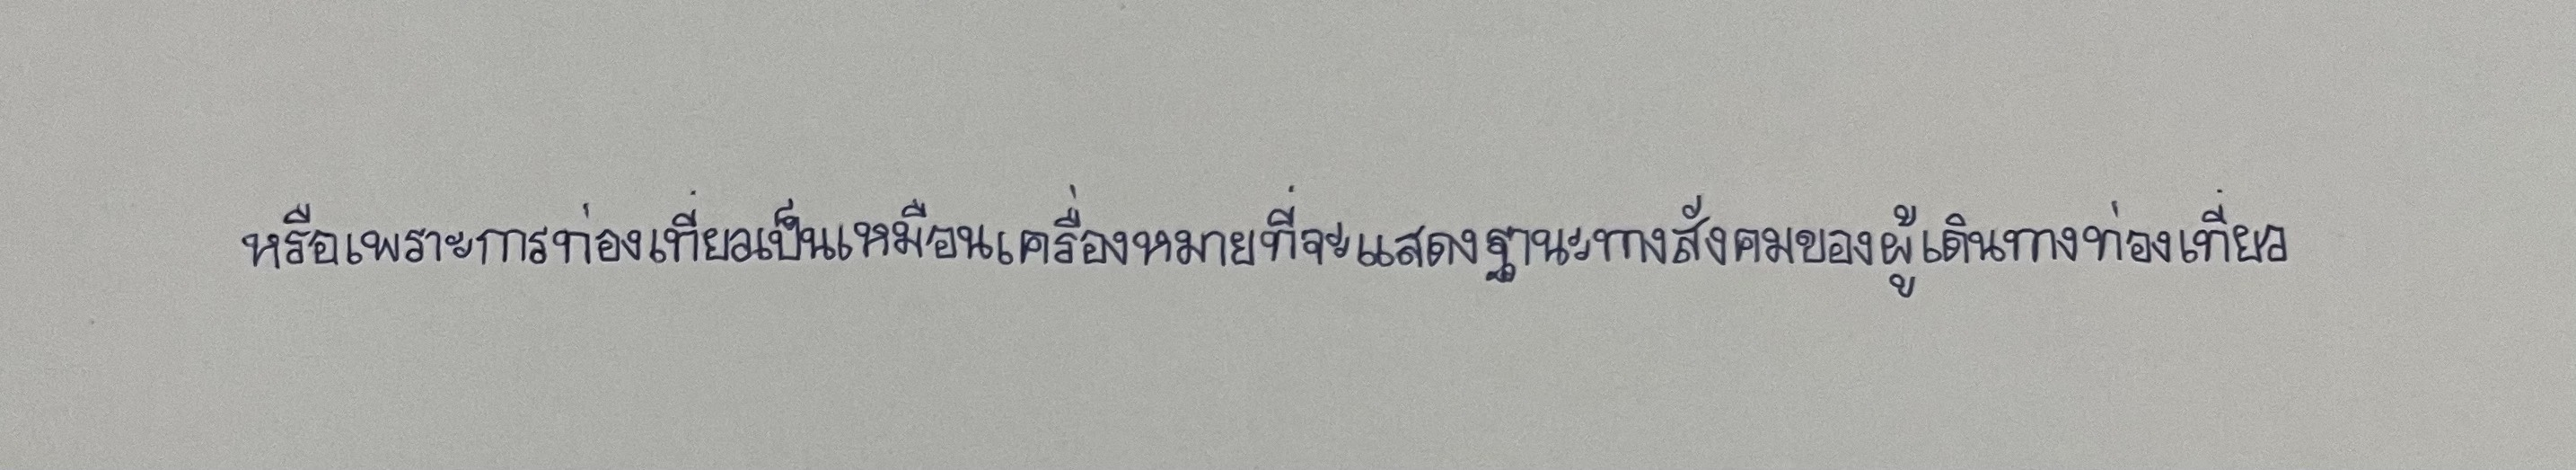
หรือเพราะการท่องเที่ยวเป็นเหมือนเครื่องหมายที่จะแสดงฐานะทางสังคมของผู้เดินทางท่องเที่ยว